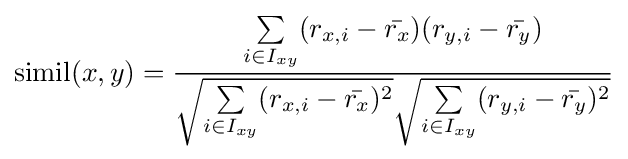
\operatorname {simil} (x,y)={\frac {\sum \limits _{i\in I_{xy}}(r_{x,i}-{\bar {r_{x}}})(r_{y,i}-{\bar {r_{y}}})}{{\sqrt {\sum \limits _{i\in I_{xy}}(r_{x,i}-{\bar {r_{x}}})^{2}}}{\sqrt {\sum \limits _{i\in I_{xy}}(r_{y,i}-{\bar {r_{y}}})^{2}}}}}